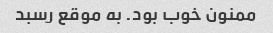
ممنون خوب بود. به موقع رسبد